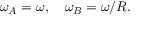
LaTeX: \omega _ { A } = \omega , \quad \omega _ { B } = \omega / R .